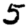
Digit: 5